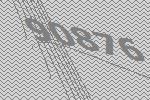
90876